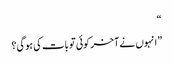
“
”انہوں نے آخر کوئی تو بات کی ہوگی؟